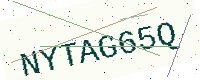
Text: NYTAG65Q